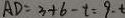
A D = 3 + 6 - t = 9 - t